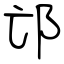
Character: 邙